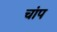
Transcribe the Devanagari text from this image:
चांप